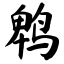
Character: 鹎